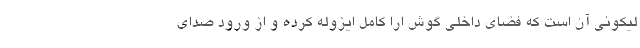
لیکونی آن است که فضای داخلی گوش ارا کامل ایزوله کرده و از ورود صدای